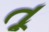
તૂ